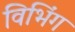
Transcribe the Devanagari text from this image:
विभिंग